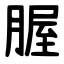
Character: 腛